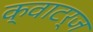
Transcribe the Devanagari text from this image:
क्वाटर्ज